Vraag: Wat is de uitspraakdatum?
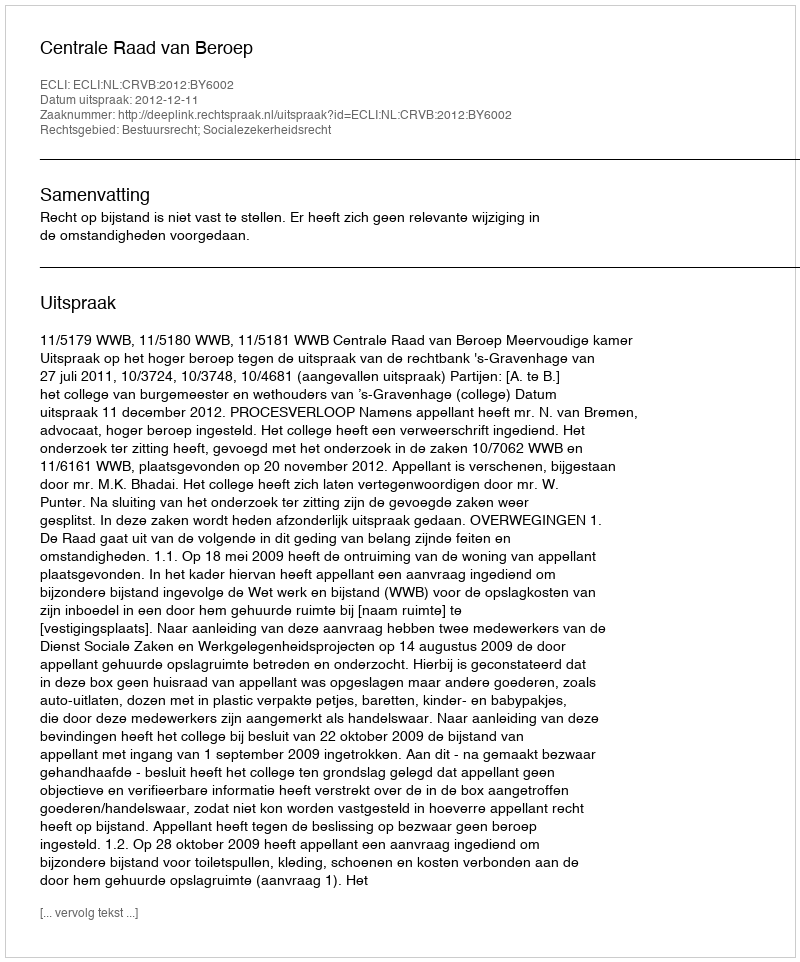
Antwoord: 2012-12-11